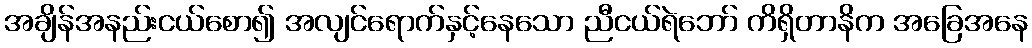
အချိန်အနည်းငယ်စော၍ အလျင်ရောက်နှင့်နေသော ညီငယ်ရဲဘော် ကိရှိတာနိက အခြေအနေ